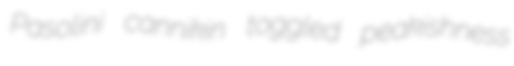
Pasolini cannikin toggled peakishness